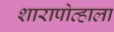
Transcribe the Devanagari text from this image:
शारापोव्हाला